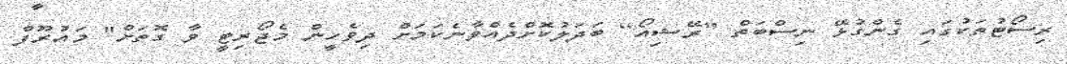
ރިސޯޓުތަކުގައި ގެންގުޅޭ ނިސްބަތް [ރޭޝިއޯ] ބަދަލުކޮށްދެއްވާނެކަމަށް ދިވެހީން މެޖޯރިޓީ ވާ ގޮތަށް" މައުރޫފް